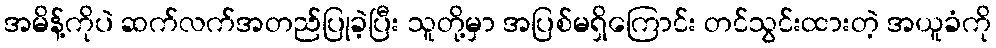
အမိန့်ကိုပဲ ဆက်လက်အတည်ပြုခဲ့ပြီး သူတို့မှာ အပြစ်မရှိကြောင်း တင်သွင်းထားတဲ့ အယူခံကို